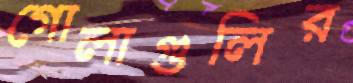
গোলাগুলির